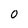
Character: O